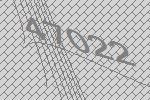
47022